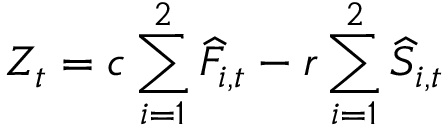
Z _ { t } = c \sum _ { i = 1 } ^ { 2 } \widehat { F } _ { i , t } - r \sum _ { i = 1 } ^ { 2 } \widehat { S } _ { i , t }